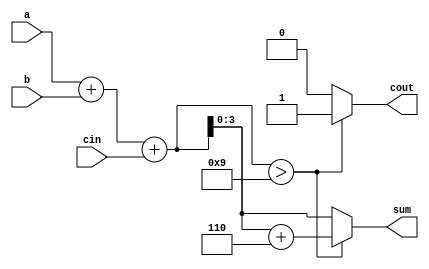
module BCD_Adder(a,b,cin,sum,cout);
    input [3:0] a,b;
    input cin;
    output [3:0] sum;
    output cout;
    reg [4:0] temp;
    reg [3:0] sum;
    reg cout;  

    always @(a,b,cin)
    begin
        temp = a+b+cin; 
        if(temp > 9)    
	begin
            temp = temp+6; //add 6, if result is more than 9.
            cout = 1;  //set the carry output
            sum = temp[3:0];   
   	end
        else    
	begin
            cout = 0;
            sum = temp[3:0];
        end
    end  
endmodule